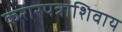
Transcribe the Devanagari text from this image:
करारपत्राशिवाय